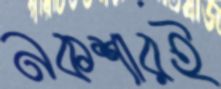
নকশারই